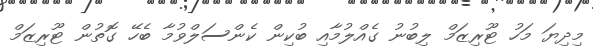
މިދިޔަ މަހު ޓޫރިޒަމް ލިބުނު ގެއްލުމާއި ބުކިން ކެންސަލްވުމާ ބެހޭ ގޮތުން ޓޫރިޒަމް